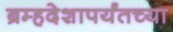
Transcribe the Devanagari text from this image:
ब्रम्हदेशापर्यंतच्या